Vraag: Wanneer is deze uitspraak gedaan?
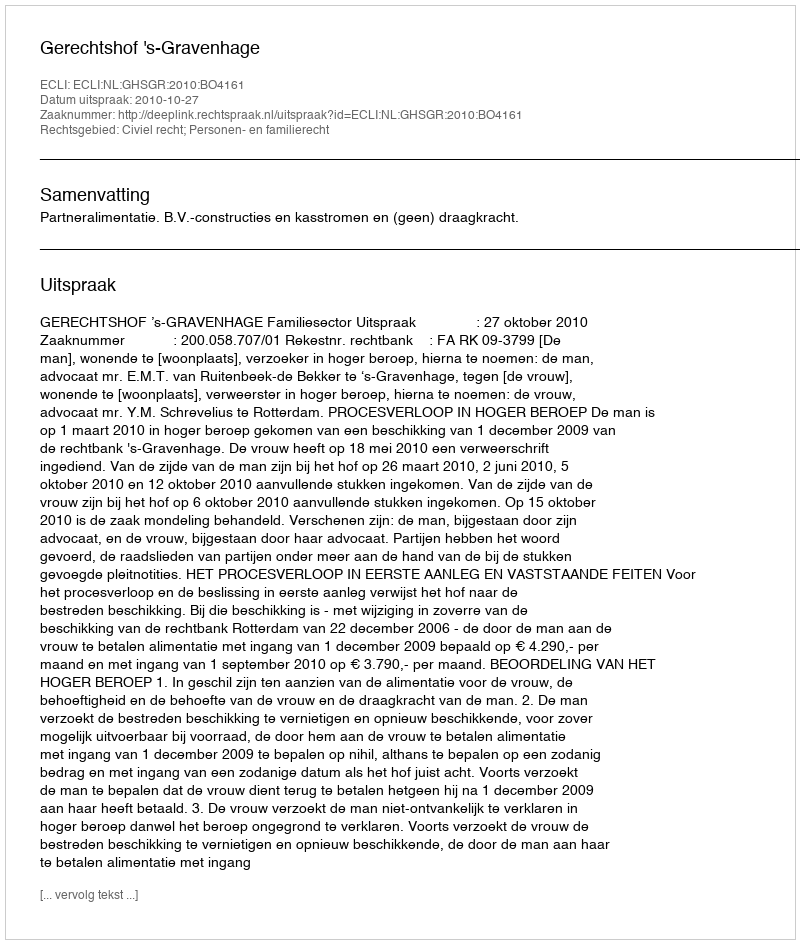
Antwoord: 2010-10-27